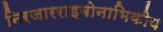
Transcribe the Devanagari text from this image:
निरजारराइबोनाभिकीय